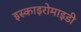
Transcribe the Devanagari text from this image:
इस्काइरोमाइडी